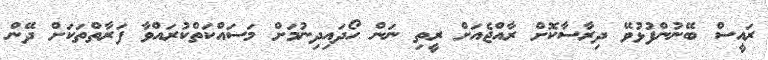
ރައީސް ބޭނުންފުޅުވޭ ދިރާސާކޮށް ރާއްޖެއަށް ރީތި ނަން ހޯދައިދިނުމަށް މަސައްކަތްކުރައްވާ ފަރާތްތަކަށް ދޭން